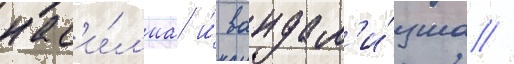
нас'и́л'иа и́ вандал'и́зма //